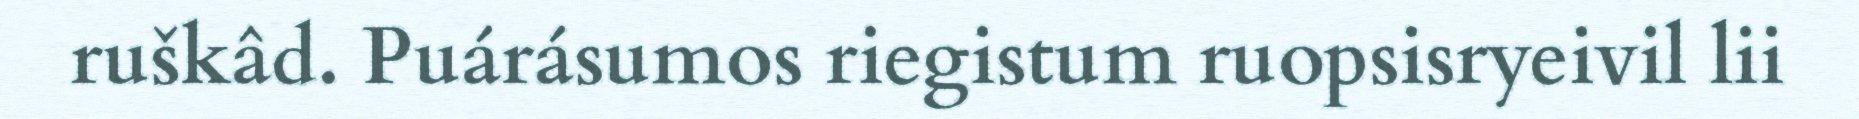
ruškâd. Puárásumos riegistum ruopsisryeivil lii